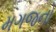
મગજનો